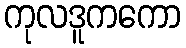
ကုလဒူကကော